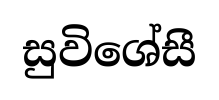
සුවිශේසී